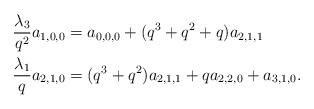
\begin{align*}&\frac{\lambda_3}{q^2}a_{1,0,0}=a_{0,0,0}+(q^3+q^2+q)a_{2,1,1}\\&\frac{\lambda_1}{q}a_{2,1,0}=(q^3+q^2)a_{2,1,1}+qa_{2,2,0}+a_{3,1,0}.\end{align*}